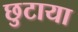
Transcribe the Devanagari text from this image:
छुटाया